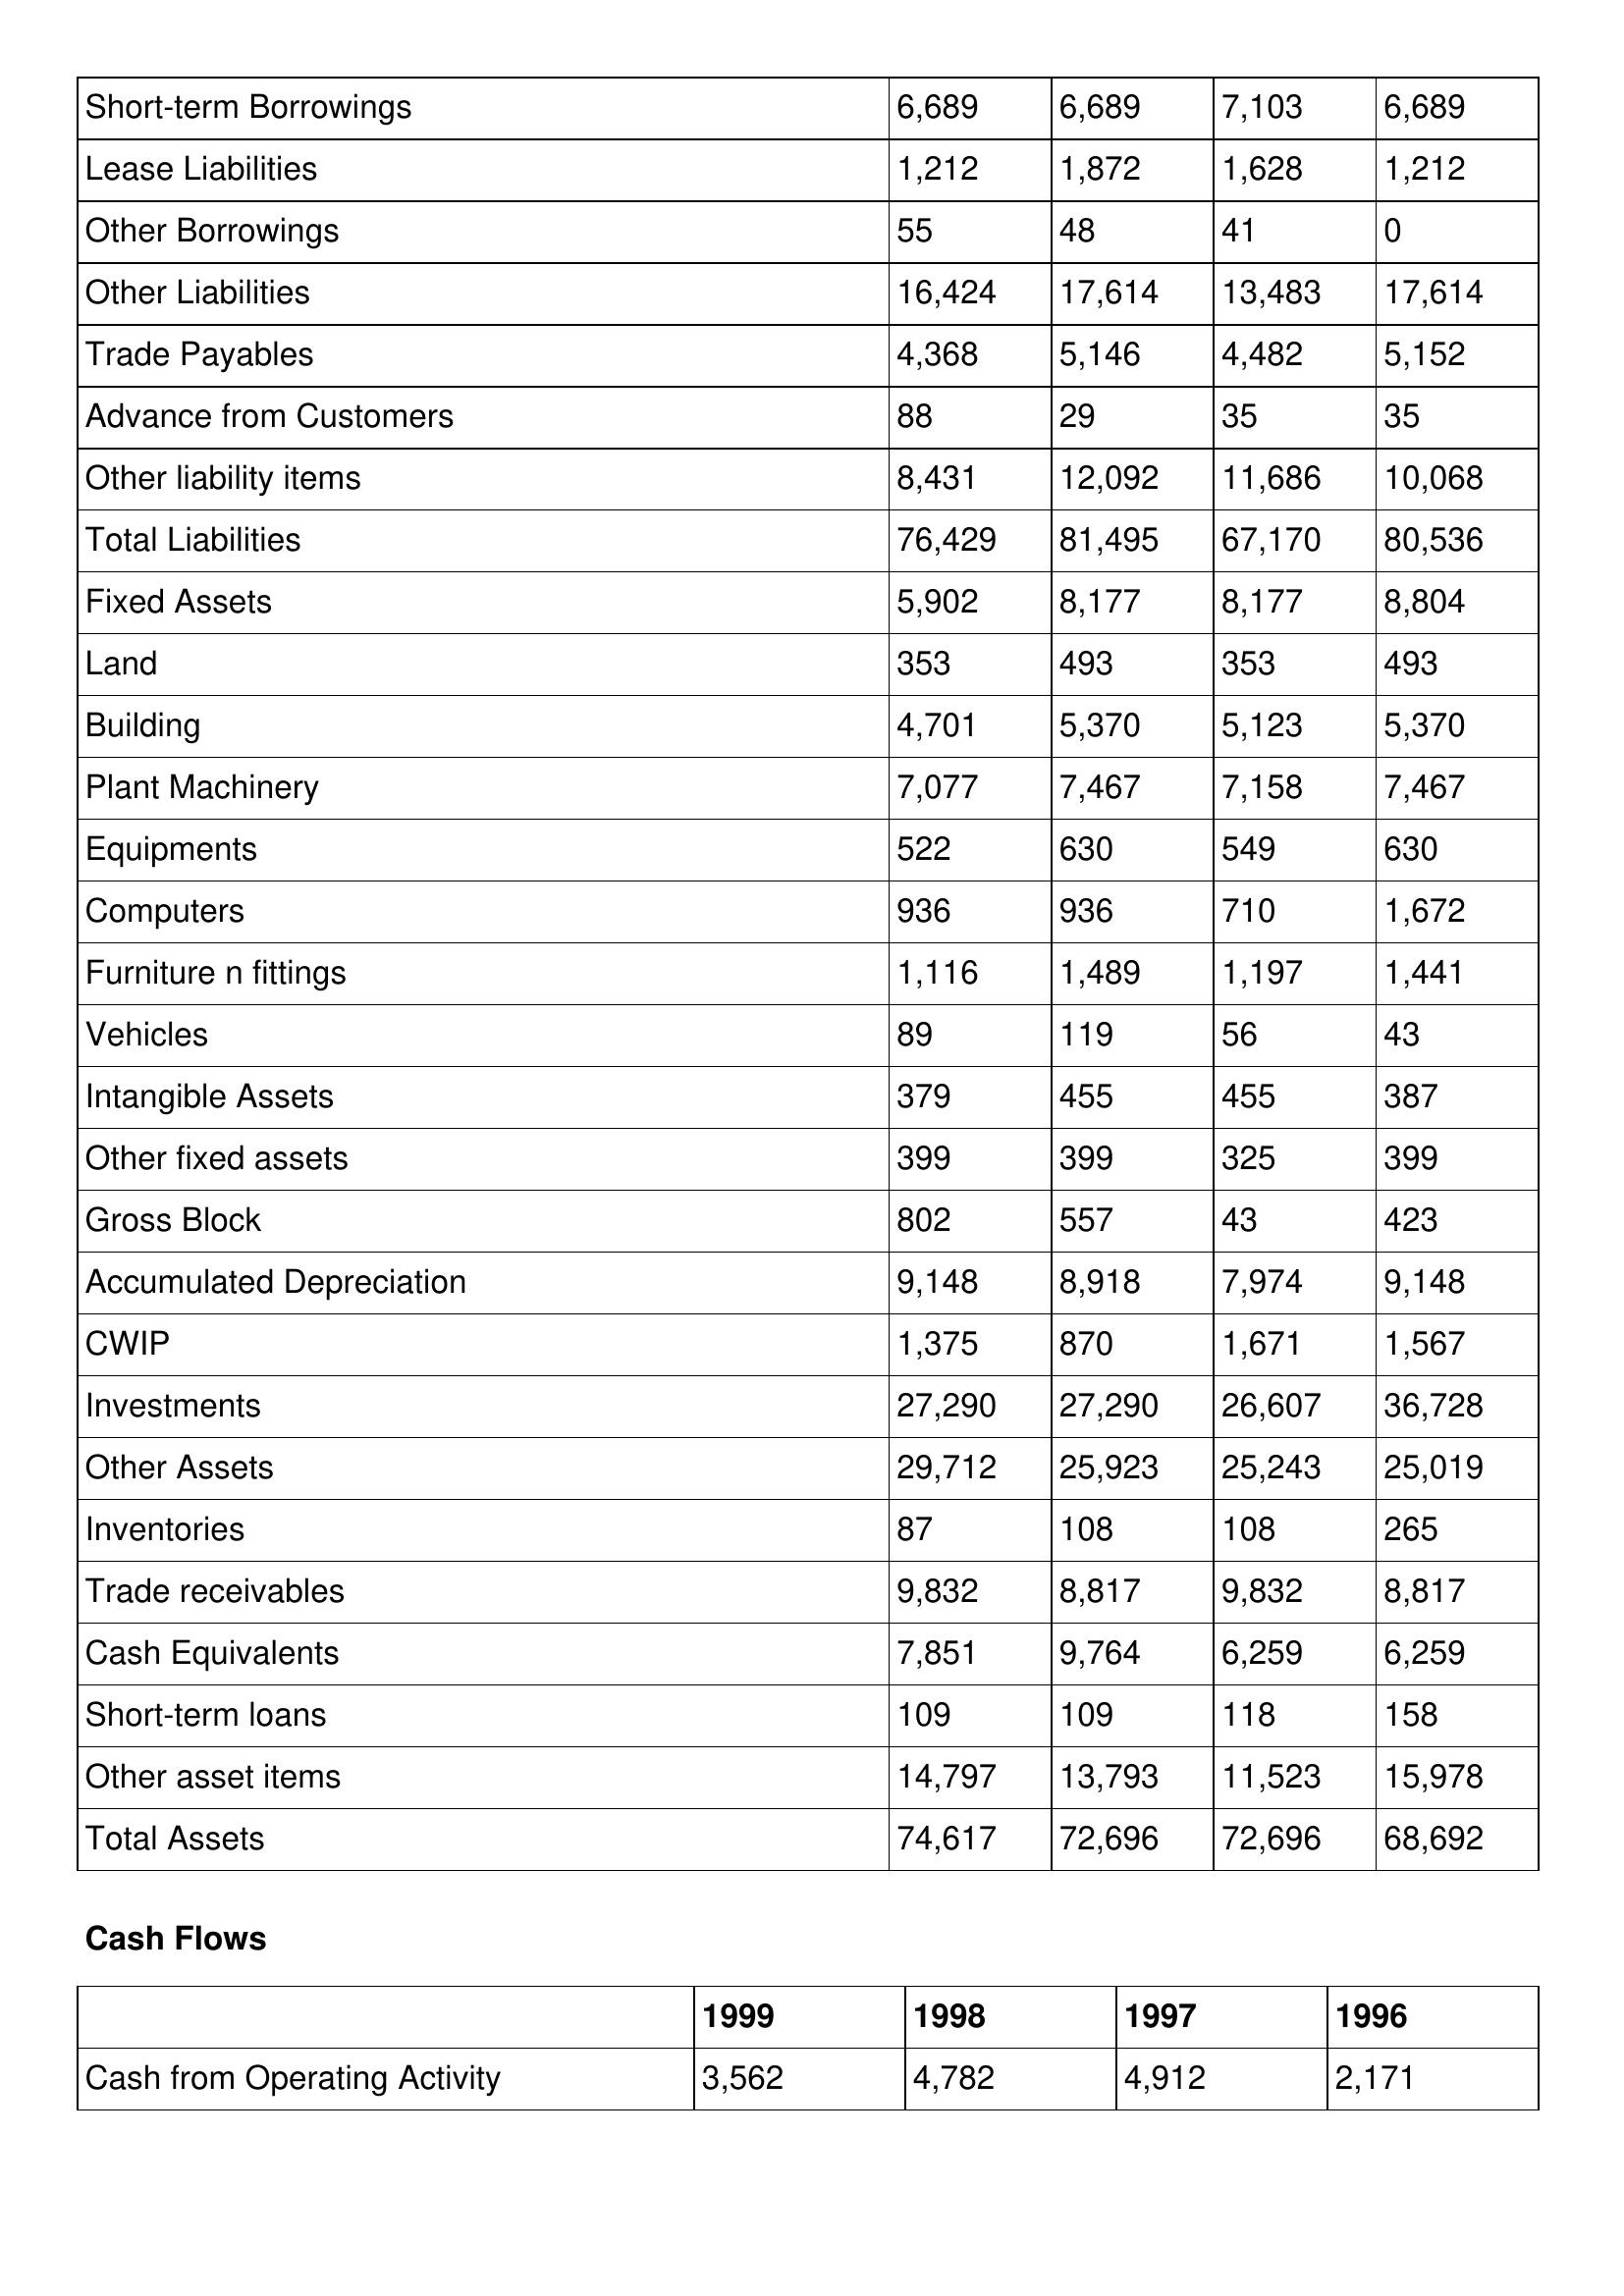
gt_parse: 1999: Balance Sheet: Short-term Borrowings: 6,689
Lease Liabilities: 1,212
Other Borrowings: 55
Other Liabilities: 16,424
Trade Payables: 4,368
Advance from Customers: 88
Other liability items: 8,431
Total Liabilities: 76,429
Fixed Assets: 5,902
Land: 353
Building: 4,701
Plant Machinery: 7,077
Equipments: 522
Computers: 936
Furniture n fittings: 1,116
Vehicles: 89
Intangible Assets: 379
Other fixed assets: 399
Gross Block: 802
Accumulated Depreciation: 9,148
CWIP: 1,375
Investments: 27,290
Other Assets: 29,712
Inventories: 87
Trade receivables: 9,832
Cash Equivalents: 7,851
Short-term loans: 109
Other asset items: 14,797
Total Assets: 74,617
Cash Flows: Cash from Operating Activity: 3,562
1998: Balance Sheet: Short-term Borrowings: 6,689
Lease Liabilities: 1,872
Other Borrowings: 48
Other Liabilities: 17,614
Trade Payables: 5,146
Advance from Customers: 29
Other liability items: 12,092
Total Liabilities: 81,495
Fixed Assets: 8,177
Land: 493
Building: 5,370
Plant Machinery: 7,467
Equipments: 630
Computers: 936
Furniture n fittings: 1,489
Vehicles: 119
Intangible Assets: 455
Other fixed assets: 399
Gross Block: 557
Accumulated Depreciation: 8,918
CWIP: 870
Investments: 27,290
Other Assets: 25,923
Inventories: 108
Trade receivables: 8,817
Cash Equivalents: 9,764
Short-term loans: 109
Other asset items: 13,793
Total Assets: 72,696
Cash Flows: Cash from Operating Activity: 4,782
1997: Balance Sheet: Short-term Borrowings: 7,103
Lease Liabilities: 1,628
Other Borrowings: 41
Other Liabilities: 13,483
Trade Payables: 4,482
Advance from Customers: 35
Other liability items: 11,686
Total Liabilities: 67,170
Fixed Assets: 8,177
Land: 353
Building: 5,123
Plant Machinery: 7,158
Equipments: 549
Computers: 710
Furniture n fittings: 1,197
Vehicles: 56
Intangible Assets: 455
Other fixed assets: 325
Gross Block: 43
Accumulated Depreciation: 7,974
CWIP: 1,671
Investments: 26,607
Other Assets: 25,243
Inventories: 108
Trade receivables: 9,832
Cash Equivalents: 6,259
Short-term loans: 118
Other asset items: 11,523
Total Assets: 72,696
Cash Flows: Cash from Operating Activity: 4,912
1996: Balance Sheet: Short-term Borrowings: 6,689
Lease Liabilities: 1,212
Other Borrowings: 0
Other Liabilities: 17,614
Trade Payables: 5,152
Advance from Customers: 35
Other liability items: 10,068
Total Liabilities: 80,536
Fixed Assets: 8,804
Land: 493
Building: 5,370
Plant Machinery: 7,467
Equipments: 630
Computers: 1,672
Furniture n fittings: 1,441
Vehicles: 43
Intangible Assets: 387
Other fixed assets: 399
Gross Block: 423
Accumulated Depreciation: 9,148
CWIP: 1,567
Investments: 36,728
Other Assets: 25,019
Inventories: 265
Trade receivables: 8,817
Cash Equivalents: 6,259
Short-term loans: 158
Other asset items: 15,978
Total Assets: 68,692
Cash Flows: Cash from Operating Activity: 2,171